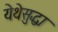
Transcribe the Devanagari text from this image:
येथेसुद्धा